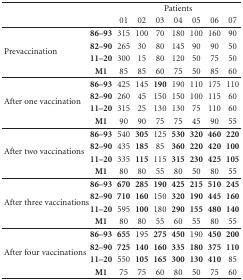
<table><thead><tr><td></td><td></td><td colspan="7"><b>Patients</b></td></tr><tr><td></td><td></td><td><b>01</b></td><td><b>02</b></td><td><b>03</b></td><td><b>04</b></td><td><b>05</b></td><td><b>06</b></td><td><b>07</b></td></tr></thead><tbody><tr><td rowspan="4">Prevaccination</td><td><b>86–93</b></td><td>315</td><td>100</td><td>70</td><td>180</td><td>100</td><td>160</td><td>90</td></tr><tr><td><b>82–90</b></td><td>265</td><td>30</td><td>80</td><td>145</td><td>90</td><td>90</td><td>50</td></tr><tr><td><b>11–20</b></td><td>300</td><td>15</td><td>80</td><td>120</td><td>50</td><td>75</td><td>50</td></tr><tr><td><b>M1</b></td><td>85</td><td>85</td><td>60</td><td>75</td><td>50</td><td>85</td><td>60</td></tr><tr><td rowspan="4">After one vaccination</td><td><b>86–93</b></td><td>425</td><td>145</td><td><b>190</b></td><td>190</td><td>110</td><td>175</td><td>110</td></tr><tr><td><b>82–90</b></td><td>260</td><td>45</td><td>150</td><td>150</td><td>100</td><td>115</td><td>60</td></tr><tr><td><b>11–20</b></td><td>315</td><td>25</td><td>130</td><td>130</td><td>75</td><td>110</td><td>60</td></tr><tr><td><b>M1</b></td><td>90</td><td>90</td><td>75</td><td>75</td><td>45</td><td>90</td><td>55</td></tr><tr><td rowspan="4">After two vaccinations</td><td><b>86–93</b></td><td>540</td><td><b>305</b></td><td>125</td><td><b>530</b></td><td><b>320</b></td><td><b>460</b></td><td><b>220</b></td></tr><tr><td><b>82–90</b></td><td>435</td><td><b>185</b></td><td>85</td><td><b>360</b></td><td><b>220</b></td><td><b>420</b></td><td><b>100</b></td></tr><tr><td><b>11–20</b></td><td>335</td><td><b>115</b></td><td>115</td><td><b>315</b></td><td><b>230</b></td><td><b>425</b></td><td><b>105</b></td></tr><tr><td><b>M1</b></td><td>80</td><td>80</td><td>55</td><td>80</td><td>50</td><td>80</td><td>55</td></tr><tr><td rowspan="4">After three vaccinations</td><td><b>86–93</b></td><td><b>670</b></td><td><b>285</b></td><td><b>190</b></td><td><b>425</b></td><td><b>215</b></td><td><b>510</b></td><td><b>245</b></td></tr><tr><td><b>82–90</b></td><td><b>710</b></td><td><b>160</b></td><td>150</td><td><b>320</b></td><td><b>190</b></td><td><b>445</b></td><td><b>160</b></td></tr><tr><td><b>11–20</b></td><td>595</td><td><b>100</b></td><td>180</td><td><b>290</b></td><td><b>155</b></td><td><b>480</b></td><td><b>140</b></td></tr><tr><td><b>M1</b></td><td>80</td><td>80</td><td>55</td><td>60</td><td>55</td><td>80</td><td>55</td></tr><tr><td rowspan="4">After four vaccinations</td><td><b>86–93</b></td><td><b>655</b></td><td>195</td><td><b>275</b></td><td><b>450</b></td><td>190</td><td><b>450</b></td><td><b>200</b></td></tr><tr><td><b>82–90</b></td><td><b>725</b></td><td><b>140</b></td><td><b>160</b></td><td><b>335</b></td><td><b>180</b></td><td><b>375</b></td><td><b>110</b></td></tr><tr><td><b>11–20</b></td><td>550</td><td><b>105</b></td><td><b>165</b></td><td><b>300</b></td><td><b>130</b></td><td><b>410</b></td><td>85</td></tr><tr><td><b>M1</b></td><td>75</td><td>75</td><td>60</td><td>80</td><td>50</td><td>75</td><td>60</td></tr></tbody></table>